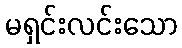
မရှင်းလင်းသော